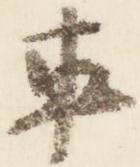
車